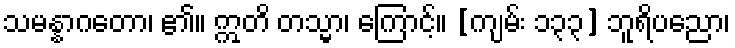
သမန္နာဂတော၊ ၏။ ဣတိ တသ္မာ၊ ကြောင့်။ [ကျမ်း ၁၃၃] ဘူရိပညော၊